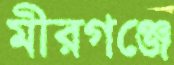
মীরগঞ্জে